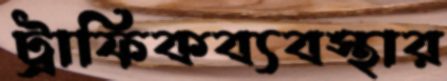
ট্রাফিকব্যবস্থার